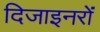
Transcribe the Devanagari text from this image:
दिजाइनरों